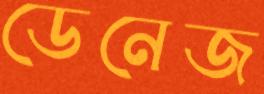
ডেনেজ